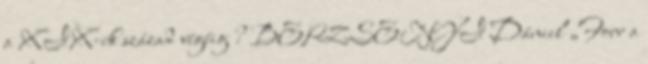
a XIX-ik század végéig ? BERZSENYI Dániel „Forr a